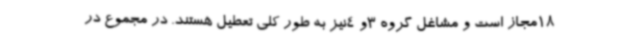
18مجاز است و مشاغل گروه 3و 4نیز به طور کلی تعطیل هستند. در مجموع در